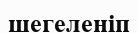
шегеленіп